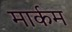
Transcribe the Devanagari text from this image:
मार्कम